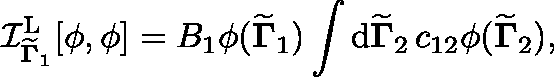
\mathcal { I } _ { { \widetilde { \mathbf { \Gamma } } } _ { 1 } } ^ { \mathrm { L } } [ \phi , \phi ] = B _ { 1 } \phi ( { \widetilde { \mathbf { \Gamma } } } _ { 1 } ) \int \mathrm { d } { \widetilde { \mathbf { \Gamma } } } _ { 2 } \, c _ { 1 2 } \phi ( { \widetilde { \mathbf { \Gamma } } } _ { 2 } ) ,